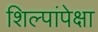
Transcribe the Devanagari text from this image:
शिल्पांपेक्षा